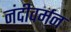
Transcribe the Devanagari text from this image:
नंदीवर्मन